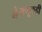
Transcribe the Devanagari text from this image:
नेमणूकही